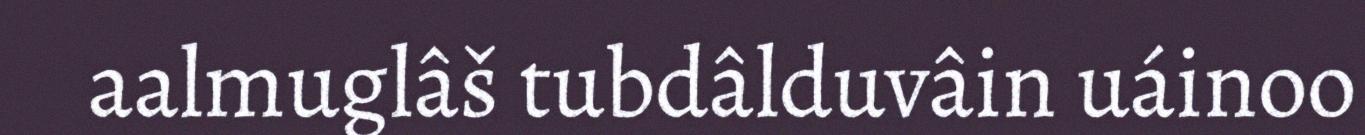
aalmuglâš tubdâlduvâin uáinoo